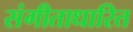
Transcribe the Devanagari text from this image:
संगीताधारित